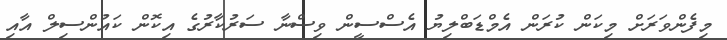
މިފެންވަރަށް މިކަން ކުރަން އެމްޑަބްލިޔު އެސްސީން ވިސްނާ ސަރުކާރުގެ އިކޮން ކައުންސިލް އާއި